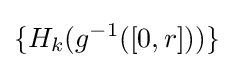
\{H_{k}(g^{-1}([0,r]))\}